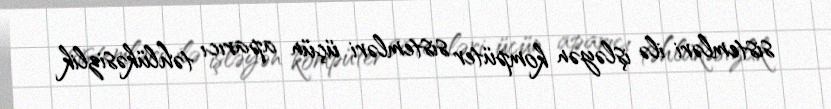
sistemləri ilə işləyən kompüter sistemləri üçün aparıcı təhlükəsizlik